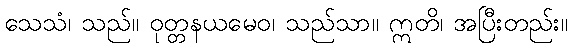
သေသံ၊ သည်။ ဝုတ္တနယမေဝ၊ သည်သာ။ ဣတိ၊ အပြီးတည်း။